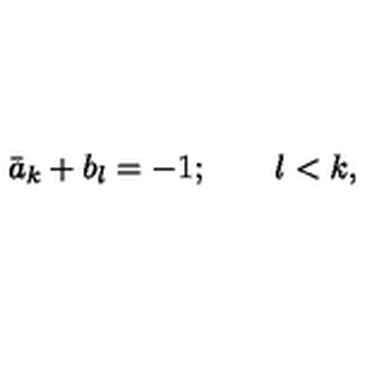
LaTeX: \bar { a } _ { k } + b _ { l } = - 1 ; \quad \quad l < k ,